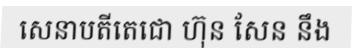
សេនាបតីតេជោ ហ៊ុន សែន នឹង